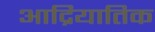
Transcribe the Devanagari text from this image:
आद्रियातिक